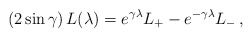
\begin{align*} (2 \sin\gamma) \, L(\lambda) = e^{\gamma\lambda} L_+ - e^{-\gamma\lambda} L_- \,,\end{align*}